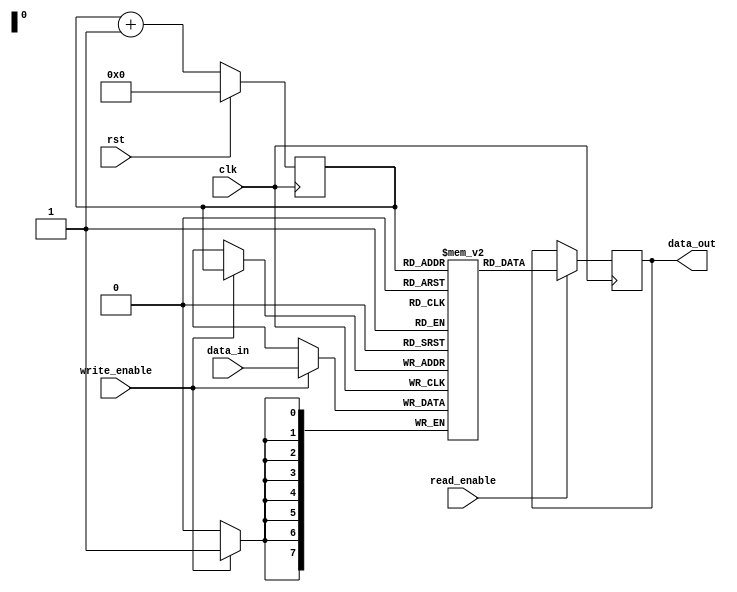
module NVRAM (
    input wire clk,
    input wire rst,
    input wire write_enable,
    input wire read_enable,
    input wire [7:0] data_in,
    output reg [7:0] data_out
);

reg [7:0] memory [0:255];
reg [7:0] address;
reg [7:0] read_data;

always @(posedge clk) begin
    if (rst) begin
        address <= 8'b00000000;
    end else begin
        address <= address + 1;
    end

    if (write_enable) begin
        memory[address] <= data_in;
    end

    if (read_enable) begin
        read_data <= memory[address];
    end
end

assign data_out = read_data;

endmodule